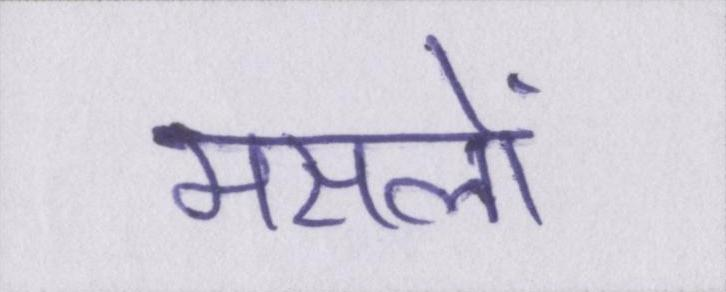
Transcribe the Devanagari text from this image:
मसलों